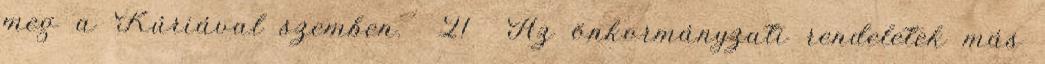
meg a Kúriával szemben. 21 Az önkormányzati rendeletek más